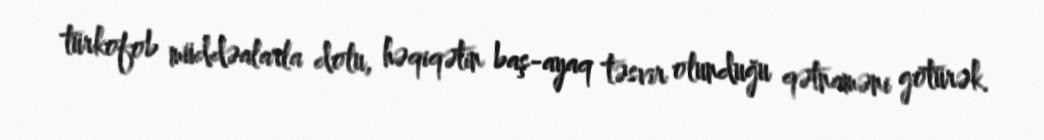
türkofob müddəalarla dolu, həqiqətin baş-ayaq təsvir olunduğu qətnaməni götürək.